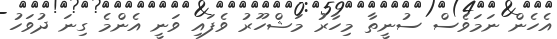
އެހެން ނަމަވެސް ސުނީތާ މިހާރު މަޝްހޫރު ވެފައި ވަނީ އެންމެ ގިނަ ދުވަހު